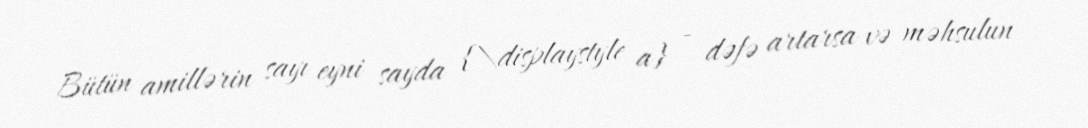
Bütün amillərin sayı eyni sayda {\displaystyle a} - dəfə artarsa və məhsulun